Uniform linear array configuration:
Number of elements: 16
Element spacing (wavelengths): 0.75
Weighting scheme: hann
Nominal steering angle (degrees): -30
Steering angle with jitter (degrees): -30.133
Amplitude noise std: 0.05
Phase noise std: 0.05

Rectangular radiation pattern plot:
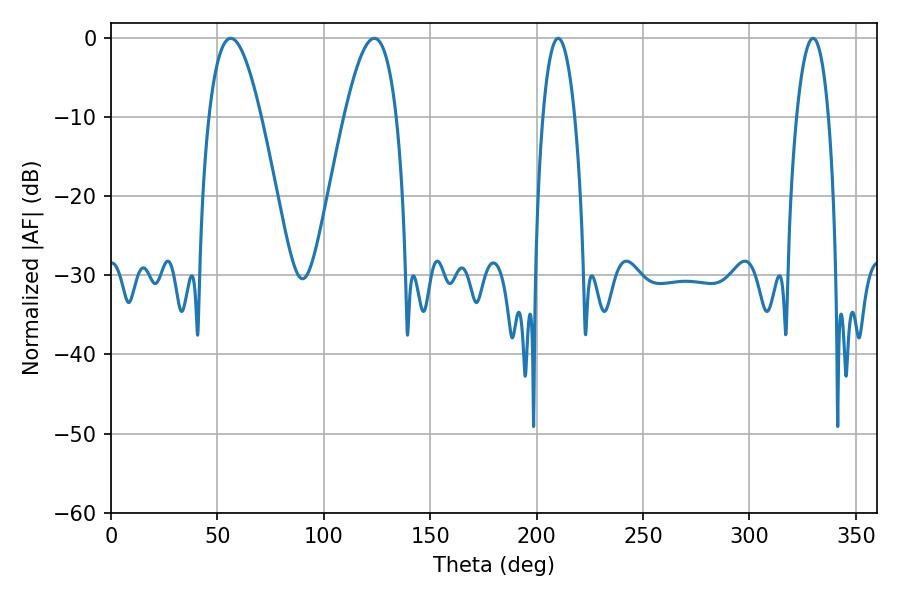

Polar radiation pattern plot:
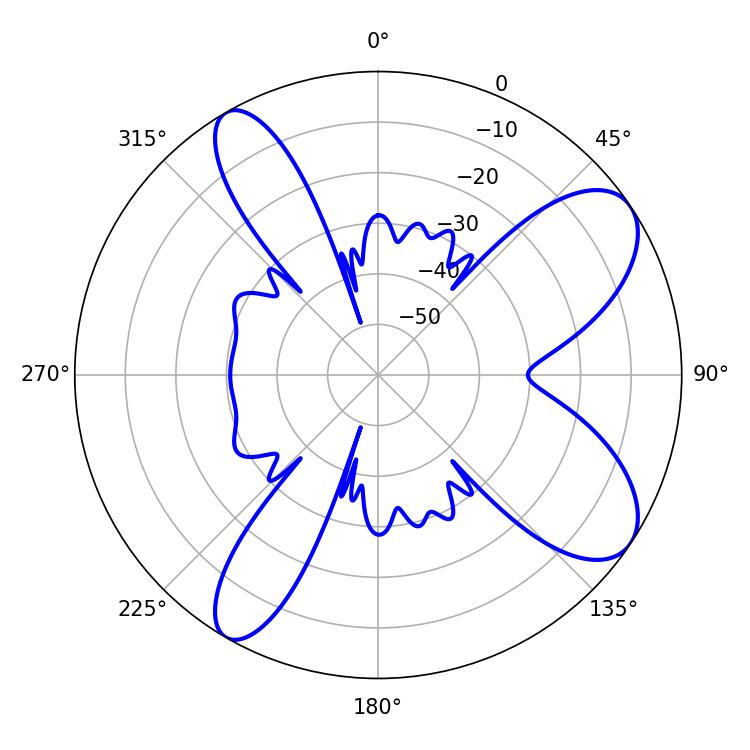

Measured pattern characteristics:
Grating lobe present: TRUE
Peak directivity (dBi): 8.766
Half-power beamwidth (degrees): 13.32
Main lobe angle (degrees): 56.34